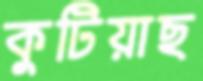
কুটিয়াছ